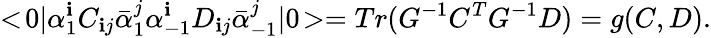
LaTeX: <\! 0|\alpha_{1}^{\mathbf{i}}C_{\mathbf{i}j}\bar{{\alpha}}_{1}^{j}\alpha_{-1}^{\mathbf{i}}D_{\mathbf{i}j}\bar{{\alpha}}_{-1}^{j}|0\! >=Tr(G^{-1}C^{T}G^{-1}D)=g(C,D).